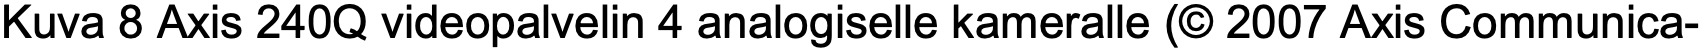
Kuva 8 Axis 240Q videopalvelin 4 analogiselle kameralle (© 2007 Axis Communica-